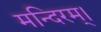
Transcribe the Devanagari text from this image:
मन्दिरम्।